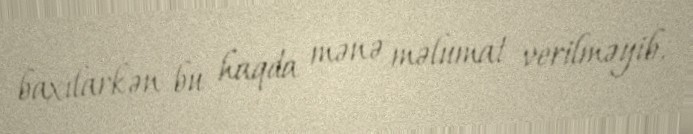
baxılarkən bu haqda mənə məlumat verilməyib.